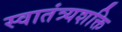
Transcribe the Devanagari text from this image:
स्वातंत्र्यशक्ति